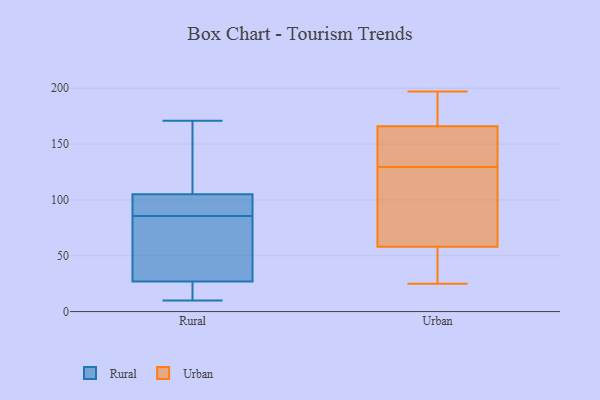
{"axis": {"x": "Gross Profit (USD K)", "y": "Value"}, "legend": ["Rural", "Urban"], "data": [{"x": "", "y": 54, "type": "Rural"}, {"x": "", "y": 79, "type": "Rural"}, {"x": "", "y": 18, "type": "Rural"}, {"x": "", "y": 171, "type": "Rural"}, {"x": "", "y": 130, "type": "Rural"}, {"x": "", "y": 94, "type": "Rural"}, {"x": "", "y": 36, "type": "Rural"}, {"x": "", "y": 89, "type": "Rural"}, {"x": "", "y": 103, "type": "Rural"}, {"x": "", "y": 11, "type": "Rural"}, {"x": "", "y": 10, "type": "Rural"}, {"x": "", "y": 82, "type": "Rural"}, {"x": "", "y": 107, "type": "Rural"}, {"x": "", "y": 14, "type": "Rural"}, {"x": "", "y": 124, "type": "Rural"}, {"x": "", "y": 92, "type": "Rural"}, {"x": "", "y": 166, "type": "Urban"}, {"x": "", "y": 30, "type": "Urban"}, {"x": "", "y": 134, "type": "Urban"}, {"x": "", "y": 125, "type": "Urban"}, {"x": "", "y": 167, "type": "Urban"}, {"x": "", "y": 116, "type": "Urban"}, {"x": "", "y": 58, "type": "Urban"}, {"x": "", "y": 25, "type": "Urban"}, {"x": "", "y": 162, "type": "Urban"}, {"x": "", "y": 197, "type": "Urban"}]}